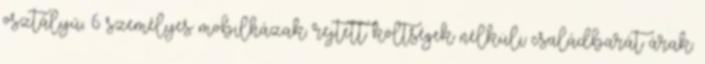
osztályú, 6 személyes mobilházak. rejtett költségek nélküli családbarát árak.